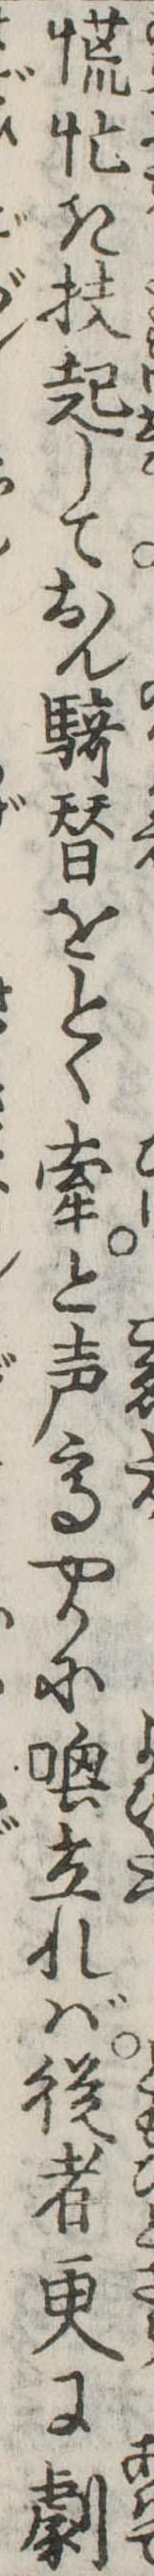
慌忙き扶起しておん騎替をとく牽と声高やかに立れば従者更に劇